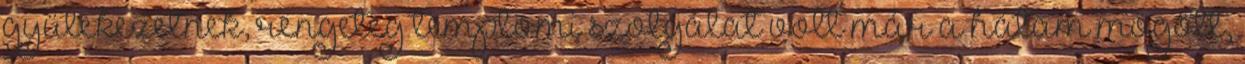
gyülekezetnek, rengeteg templomi szolgálat volt már a hátam mögött,